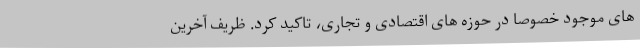
های موجود خصوصا در حوزه های اقتصادی و تجاری، تاکید کرد. ظریف آخرین